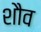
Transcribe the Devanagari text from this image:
शौव